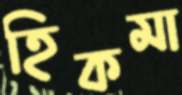
হিকমা